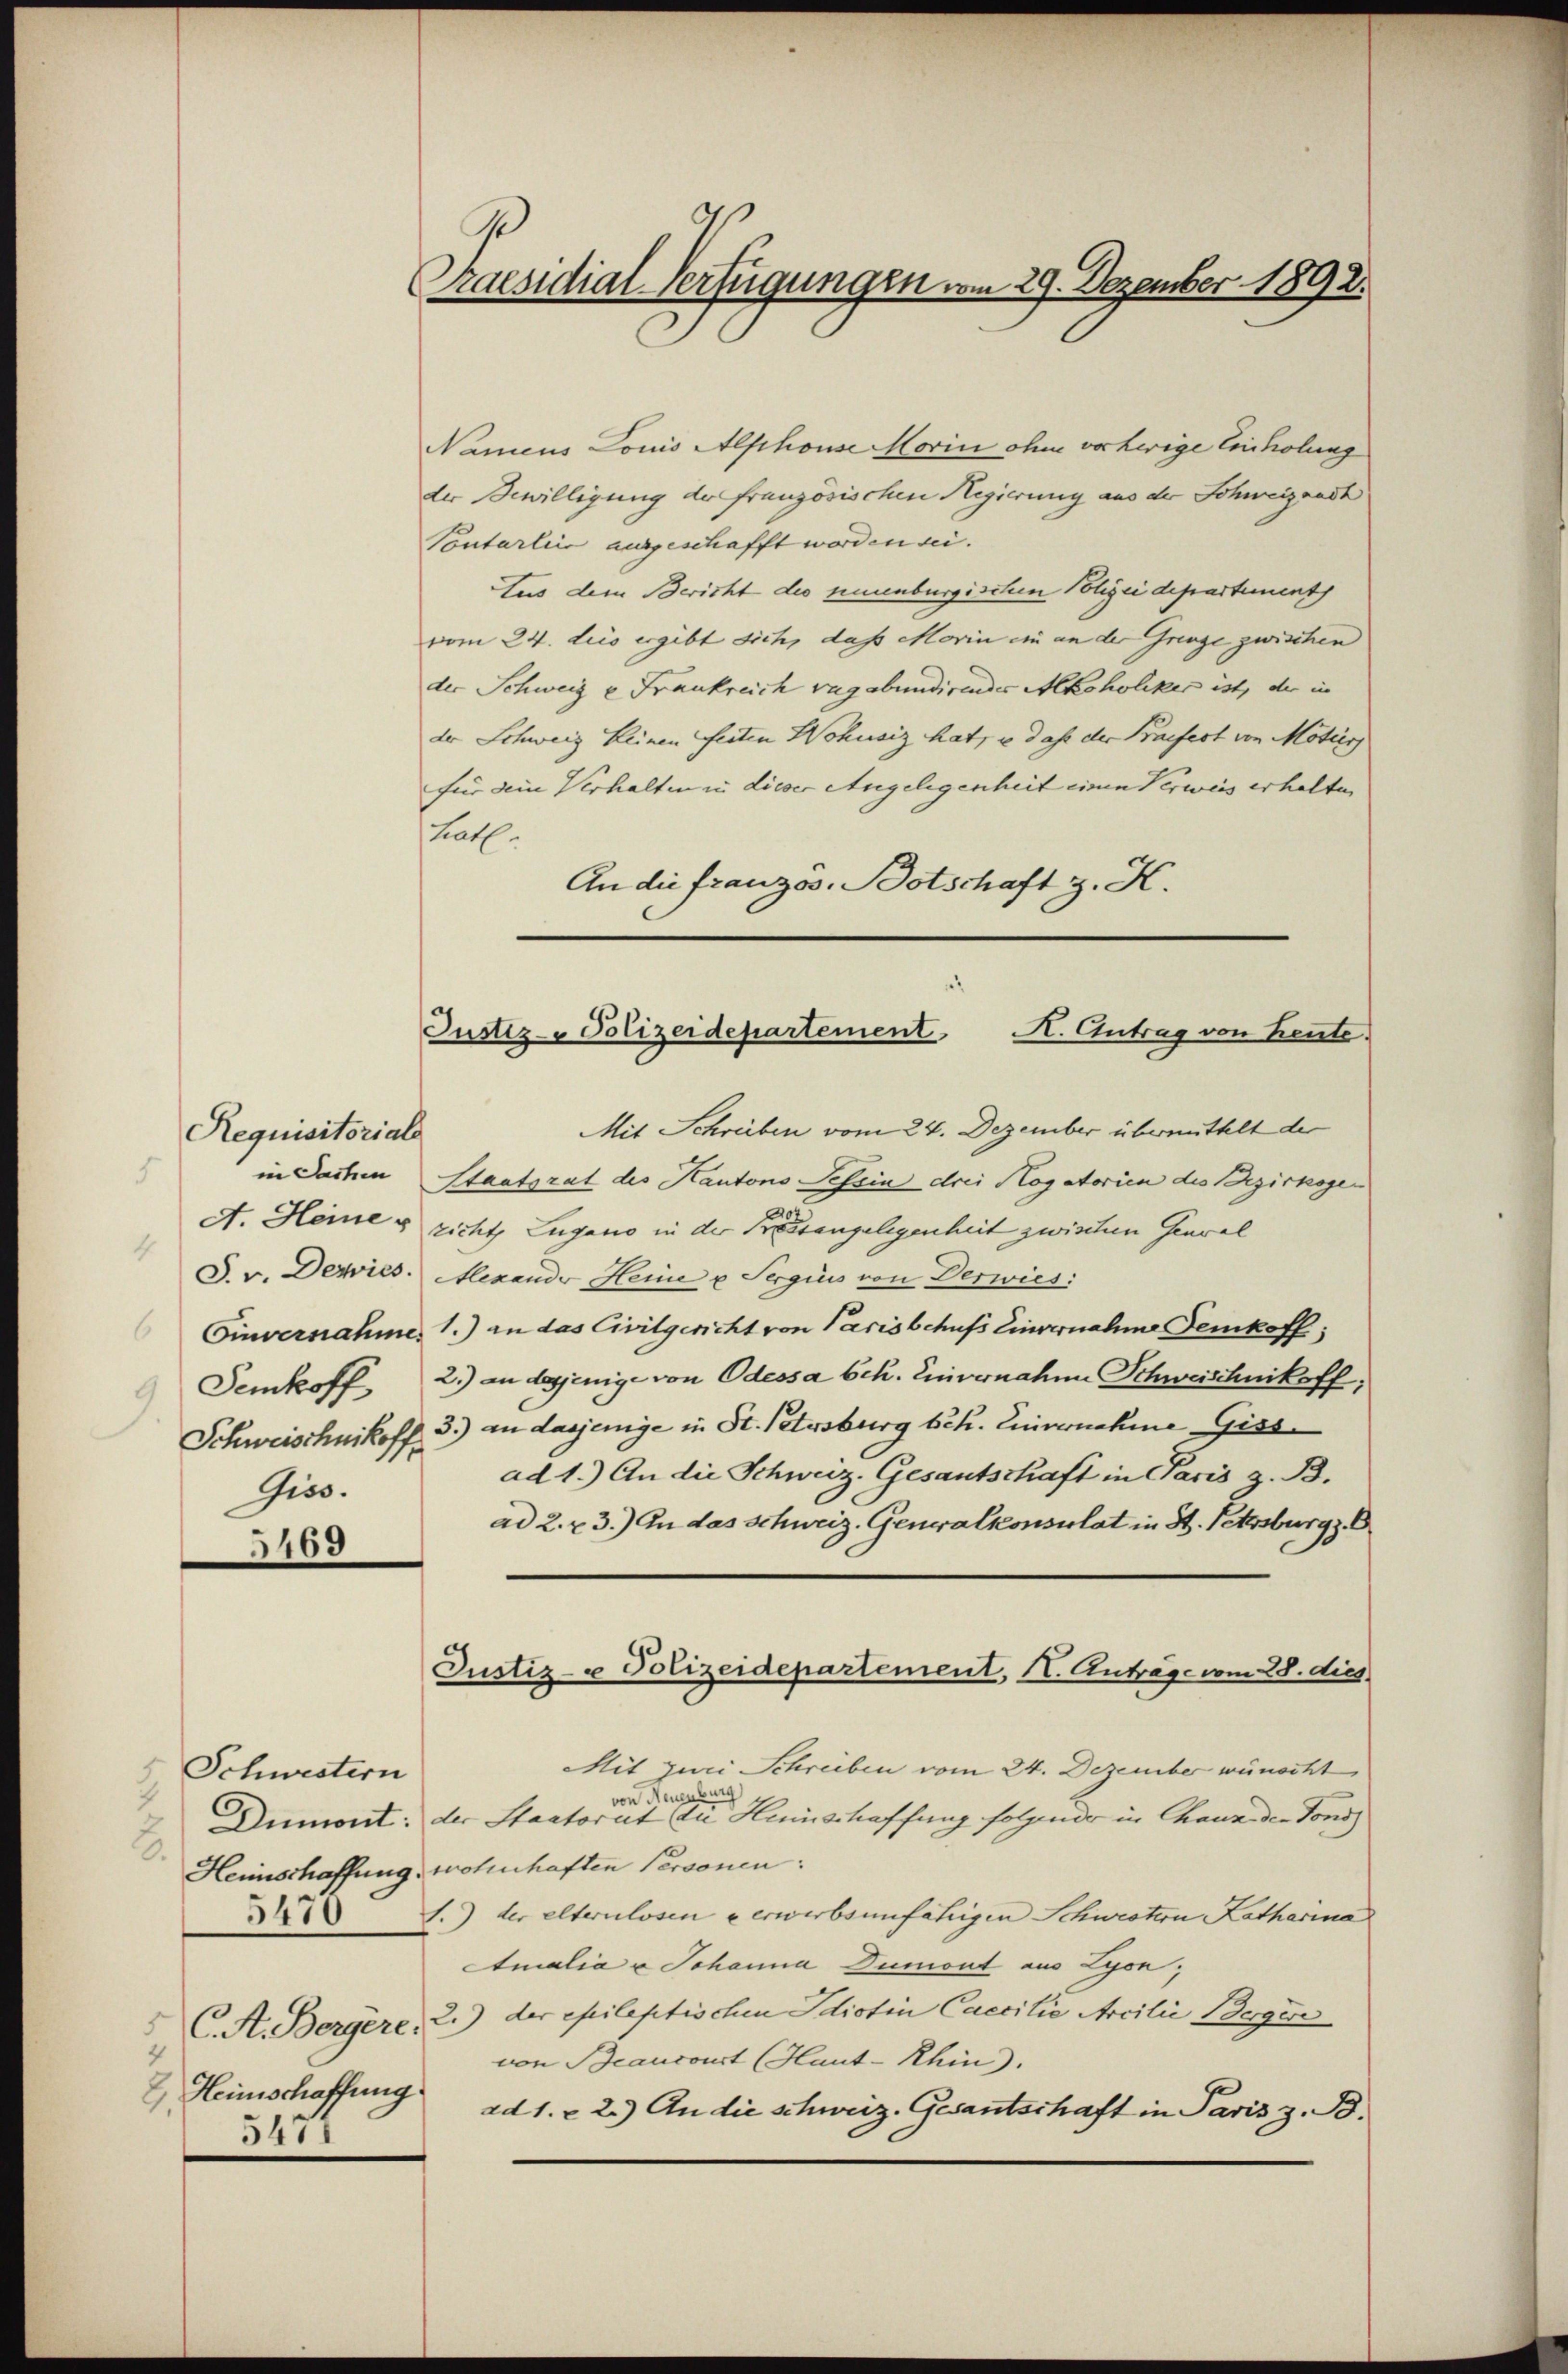
Requisitoriale
in Sachen
5
4
Einvernahme
Semkoff
Gios.
3469

Schwestern
2) Heimschaffung
5477

Praesidial-Verfügungen vom 29. Dezember 1892.

u
Justiz- Polizeidepartement A. Antrag von heute.

Namens Louis Alphouse Horin ohne vorherige Einholung
der Bewilligung der französischen Regierung aus der Schweiznadh
Pontarliis ausgeschafft worden sei.
Aus dem Bericht die neuenburgischen Polizei departement
vom 24. des ergibt sich, dass Morin ein an der Grenze zwischen |
der Schweiz u. Frankreich vagabundirendes Alkoholiker ist, der in
der Schweiz keinen festen Wohnsiz hat, u. dass der Praefest von Mötis
für dein Verhalten in dieser Angelegenheit einen Verweis erhalten
Lath.
An die franzos. Botschaft z. K.
Mit Schreiben vom 24. Dezember übermittelt der
Staatsrat des Kantons Tessin drei Hogatorien des Bezirkogen
A. Heines richt, Lugano in der Fressangelegenheit zwischen Genval
S. v. Depries. Alexande Heine u. Sergius von Derwies:
1.) an das Civilgericht von Paris behufs Einvernahme Temkoff;
2.) an desjenige von Odessa beh. Einvernahme Schweischnikoff,
Schweischnikoff. 3.) an dasjenige in St. Petersburg Sch. Einvernahme Giss
ad 1.) An die Schweiz. Gesantschaft in Paris z. B.
ad 2. r. 3.) An das Schweiz. Generalkonsulat in St. Petersburg z. O
Justiz- u Polizeidepartement, I. Anträge vom 28. dies
Mit zwei Schreiben vom 24. Dezember wünscht
von Neuenburg
Dumont: der Staatorat die Heinschaffung folgende in Chaus den Tondi
Heimschaffung wohnhaften Personen:
1.) der elternlosen u erwerbsunfährigen Schwestern Katharina
Amalia u Johanna Dumont aus Lyon,
 C. A. Bergere, 2.) der epileptischen Idiotin Caecilie Arcilii Berger
von Beauconst (Haut-Rhin).
ad 1. - 2.) An die schweiz. Gesantschaft in Paris z. B.